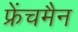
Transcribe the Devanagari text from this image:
फ्रेंचमैन